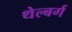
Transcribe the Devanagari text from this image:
थेल्बर्ग